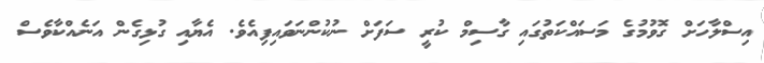
އިސްލާހަށް ގޮވުމުގެ މަސައްކަތުގައި ގާސިމް ކުރީ ސަފަށް ނުކުންނަވައިފިއެވެ. އެޔާއި ގުޅިގެން އަނެއްކާވެސް